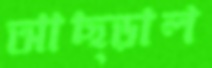
আছ্‌ড়াল